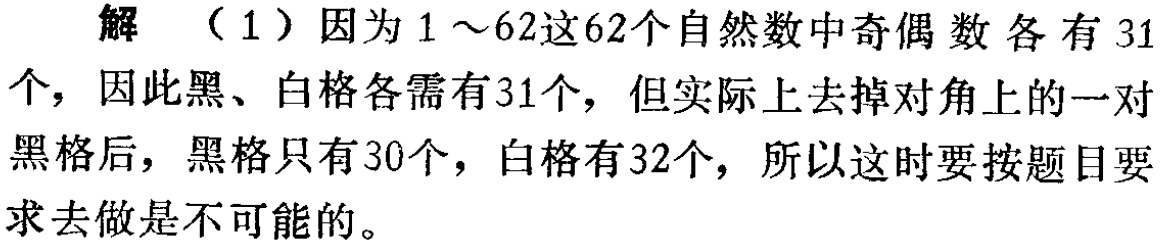
解 （1）因为\(1\sim62\)这\(62\)个自然数中奇偶数各有\(31\)个，因此黑、白格各需有\(31\)个，但实际上去掉对角上的一对黑格后，黑格只有\(30\)个，白格有\(32\)个，所以这时要按题目要求去做是不可能的。